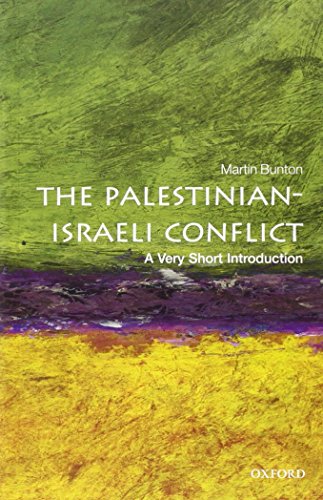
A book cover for The Palestinian-Israeli Conflict: A Very Short Introduction (Very Short Introductions); Martin Bunton; History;